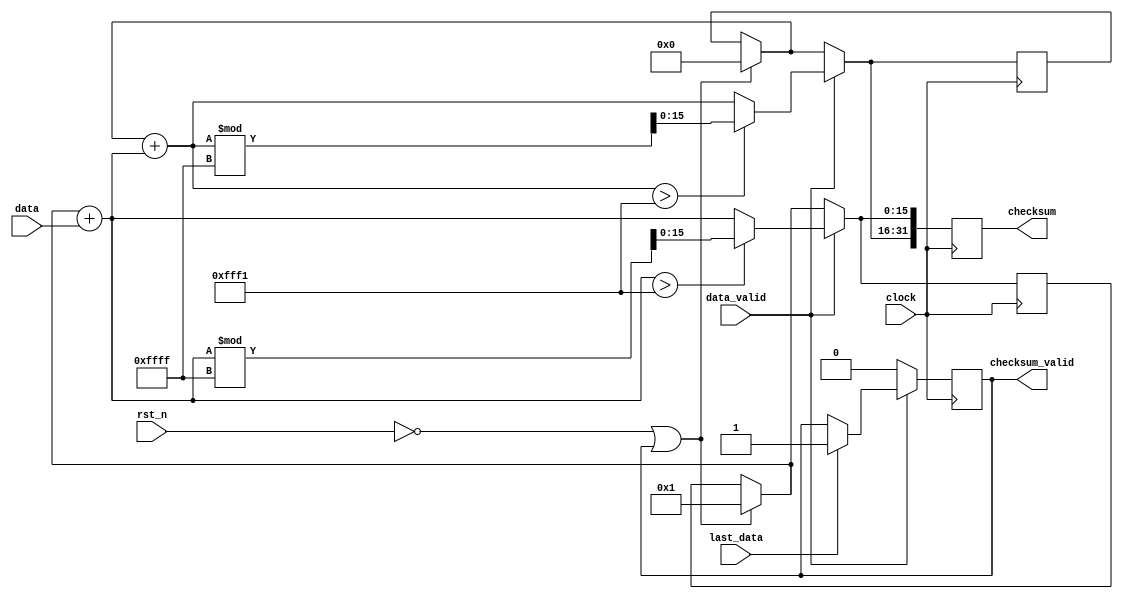
//alder 32
//Project 2 ECE310
//Evan Mason

module adler32(
    input rst_n, clock, data_valid,
    input [7:0] data,
    input last_data,
    output reg checksum_valid,
    output reg [31:0] checksum
);

reg [15:0] A;
reg [15:0] B;

//main procedural block - clocked
always @ (posedge clock)
begin
	//top-level constraints
	if(!rst_n || checksum_valid)
	begin
		A = 1;
		B = 0;
	end

	//process valid input datum
	if(data_valid)
	begin
		//last data of message
		if(last_data)
		begin
			checksum_valid = 1;
		end
		
		//accumulator
		A = A + data;
		B = B + A;
		if(A > 65521)
		begin
			A = A % 65535;
		end
		if(B > 65521)
		begin
			B = B % 65535;
		end

	end

	else
	begin
		checksum_valid = 0;
	end
	
	//concatenate 
	checksum[31:0] = {B, A};

end


endmodule